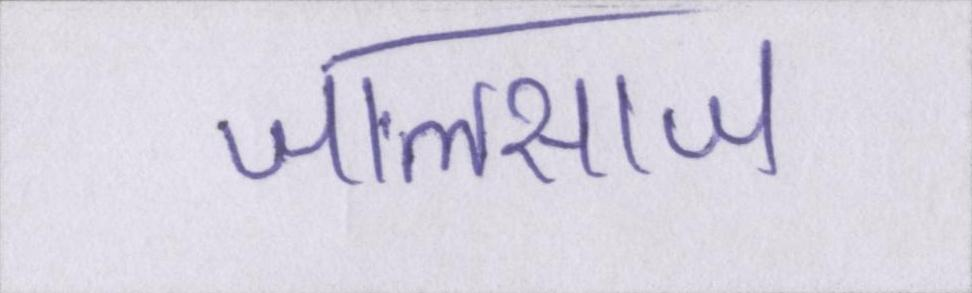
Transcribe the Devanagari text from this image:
जालसाज